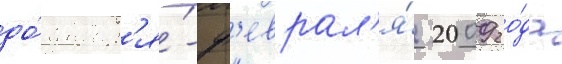
до́ январ'я́-ф'еврал'я́ 2009 го́да